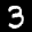
Label: 3